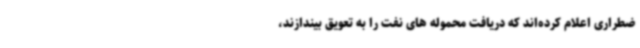
ضطراری اعلام کرده‌اند که دریافت محموله های نفت را به تعویق بیندازند،